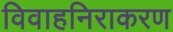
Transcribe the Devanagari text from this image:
विवाहनिराकरण